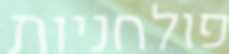
פולחניות